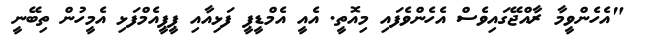
"އެހެންވީމާ ރާއްޖޭގައިވެސް އެހެންވެފައި މިއޮތީ. އެއީ އެމްޑީޕީ ފަޅިއާއި ޕީޕީއެމްފަޅި އެމީހުން ތިބޭނީ